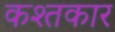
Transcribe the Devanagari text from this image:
कश्तकार